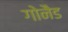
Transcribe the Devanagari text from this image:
गोनैड